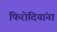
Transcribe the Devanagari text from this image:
फिरोदियांना